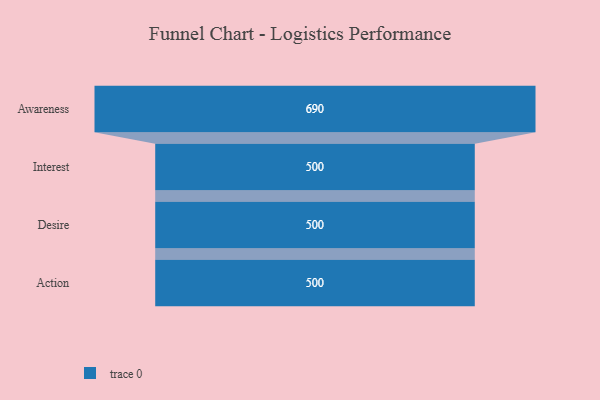
{"axis": {"x": "Stage", "y": "Value"}, "legend": [""], "data": [{"x": "Awareness", "y": 690.0, "type": ""}, {"x": "Interest", "y": 500, "type": ""}, {"x": "Desire", "y": 500, "type": ""}, {"x": "Action", "y": 500, "type": ""}]}